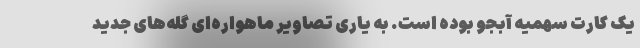
یک کارت سهمیه آبجو بوده است. به یاری تصاویر ماهواره‌‌ای گلّه‌های جدید